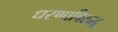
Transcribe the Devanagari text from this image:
धरणाविरुद्ध